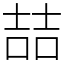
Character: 喆